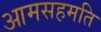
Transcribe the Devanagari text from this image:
आमसहमति